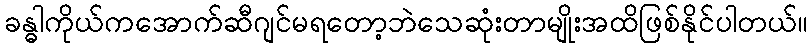
ခန္ဓါကိုယ်ကအောက်ဆီဂျင်မရတော့ဘဲသေဆုံးတာမျိုးအထိဖြစ်နိုင်ပါတယ်။